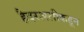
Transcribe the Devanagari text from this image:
हैदरअलीकडून